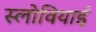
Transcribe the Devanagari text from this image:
स्लोवियाई